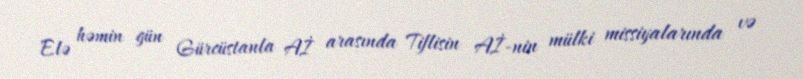
Elə həmin gün Gürcüstanla Aİ arasında Tiflisin Aİ-nin mülki missiyalarında və